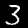
Label: 3